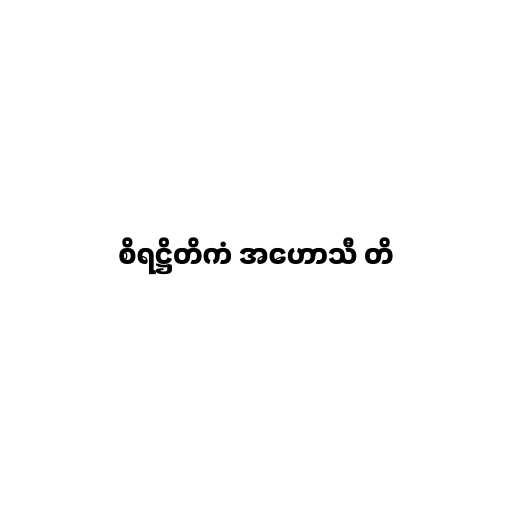
စိရဋ္ဌိတိကံ အဟောသီ တိ